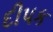
દીપક